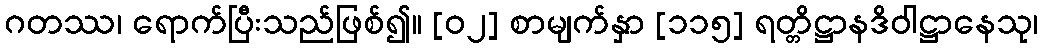
ဂတဿ၊ ရောက်ပြီးသည်ဖြစ်၍။ [၀၂] စာမျက်နှာ [၁၁၅] ရတ္တိဋ္ဌာနဒိဝါဋ္ဌာနေသု၊